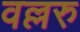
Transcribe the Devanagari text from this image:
वल्लरु